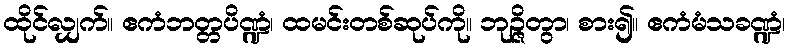
ထိုင်လျှက်။ ဧကံဘတ္တပိဏ္ဍံ၊ ထမင်းတစ်ဆုပ်ကို။ ဘုဉ္ဇိတွာ၊ စား၍။ ဧကံမံသခဏ္ဍံ၊